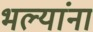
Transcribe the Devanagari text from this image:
भल्यांना